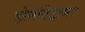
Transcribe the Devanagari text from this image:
होमोटेट्रामर